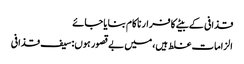
قذافی کے بیٹے کا فرار ناکام بنایا جائے
الزامات غلط ہیں،میں بےقصور ہوں:سیف قذافی